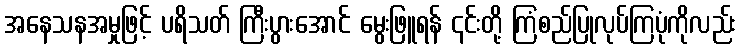
အနေသနအမှုဖြင့် ပရိသတ် ကြီးပွားအောင် မွေးဖြူရန် ၎င်းတို့ ကြံစည်ပြုလုပ်ကြပုံကိုလည်း